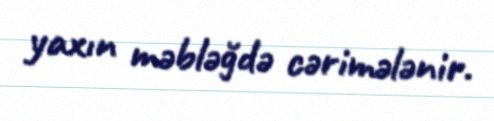
yaxın məbləğdə cərimələnir.